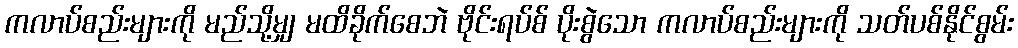
ကလာပ်စည်းများကို မည်သို့မျှ မထိခိုက်စေဘဲ ဗိုင်းရပ်စ် ပိုးစွဲသော ကလာပ်စည်းများကို သတ်ပစ်နိုင်စွမ်း